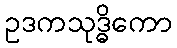
ဥဒကသုဒ္ဓိကော